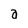
Character: a